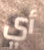
أي